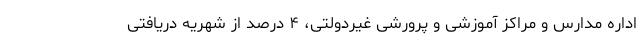
اداره مدارس و مراکز آموزشی و پرورشی غیردولتی، ۴ درصد از شهریه دریافتی